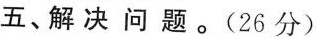
五、解决问题。(26分)